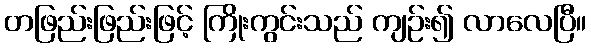
တဖြည်းဖြည်းဖြင့် ကြိုးကွင်းသည် ကျဉ်း၍ လာလေပြီ။